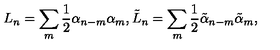
L _ { n } = \sum _ { m } \frac 1 2 \alpha _ { n - m } \alpha _ { m } , \tilde { L } _ { n } = \sum _ { m } \frac 1 2 \tilde { \alpha } _ { n - m } \tilde { \alpha } _ { m } ,